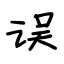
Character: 误